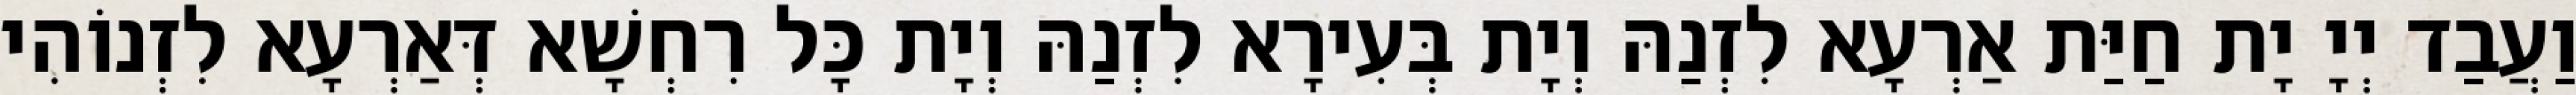
וַעֲבַד יְיָ יָת חַיַּת אַרְעָא לִזְנַהּ וְיָת בְּעִירָא לִזְנַהּ וְיָת כָּל רִחְשָׁא דְּאַרְעָא לִזְנוֹהִי